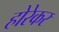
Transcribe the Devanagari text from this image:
होरेकर